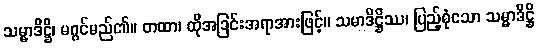
သမ္မာဒိဋ္ဌိ၊ မဂ္ဂင်မည်၏။ တထာ၊ ထိုအခြင်းအရာအားဖြင့်။ သမာဒိဋ္ဌိဿ၊ ပြည့်စုံသော သမ္မာဒိဋ္ဌိ